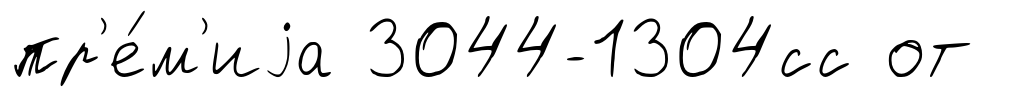
пр'е́м'иjа 3044-1304сс от